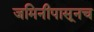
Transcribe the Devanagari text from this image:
जमिनीपासूनच